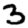
Digit: 3